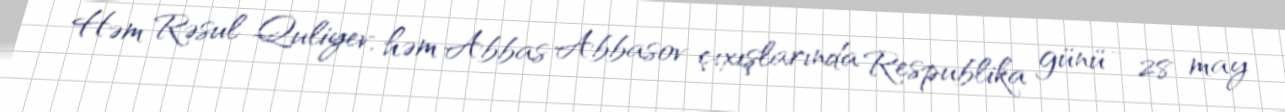
Həm Rəsul Quliyev, həm Abbas Abbasov çıxışlarında Respublika günü - 28 may